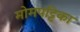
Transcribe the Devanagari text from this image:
मोमपट्टिका